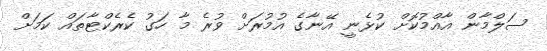
ސަލްމާން އާއްމުކޮށް ކުޅެނީ އޭނާގެ އުމުރަށް ވުރެ މާ ހަގު ކެރެކްޓާތައް ކަމަށް